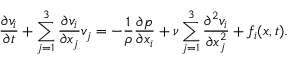
{ \frac { \partial v _ { i } } { \partial t } } + \sum _ { j = 1 } ^ { 3 } { \frac { \partial v _ { i } } { \partial x _ { j } } } v _ { j } = - { \frac { 1 } { \rho } } { \frac { \partial p } { \partial x _ { i } } } + \nu \sum _ { j = 1 } ^ { 3 } { \frac { \partial ^ { 2 } v _ { i } } { \partial x _ { j } ^ { 2 } } } + f _ { i } ( { \boldsymbol { x } } , t ) .